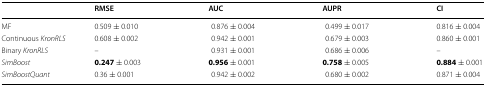
<table><thead><tr><td></td><td><b>RMSE</b></td><td><b>AUC</b></td><td><b>AUPR</b></td><td><b>CI</b></td></tr></thead><tbody><tr><td>MF</td><td>0.509 ± 0.010</td><td>0.876 ± 0.004</td><td>0.499 ± 0.017</td><td>0.816 ± 0.004</td></tr><tr><td>Continuous <i>KronRLS</i></td><td>0.608 ± 0.002</td><td>0.942 ± 0.001</td><td>0.679 ± 0.003</td><td>0.860 ± 0.001</td></tr><tr><td>Binary <i>KronRLS</i></td><td>–</td><td>0.931 ± 0.001</td><td>0.686 ± 0.006</td><td>–</td></tr><tr><td><i>SimBoost</i></td><td><b>0.247</b> ± 0.003</td><td><b>0.956</b> ± 0.001</td><td><b>0.758</b> ± 0.005</td><td><b>0.884</b> ± 0.001</td></tr><tr><td><i>SimBoostQuant</i></td><td>0.36 ± 0.001</td><td>0.942 ± 0.002</td><td>0.680 ± 0.002</td><td>0.871 ± 0.004</td></tr></tbody></table>